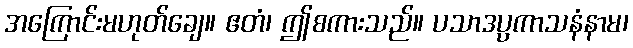
အကြောင်းမဟုတ်ချေ။ ဧတံ၊ ဤစကားသည်။ ပသာဒပ္ပကာသနံနာမ၊